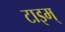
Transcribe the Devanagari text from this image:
टाइम्